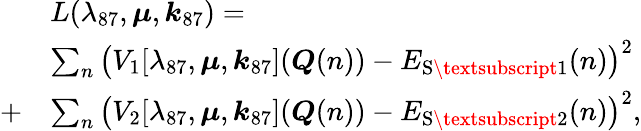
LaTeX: \begin{array}{rl}&{L(\lambda_{87},\boldsymbol{\mu},\boldsymbol{k}_{87})=}\\ &{\sum_{n}\left(V_{1}[\lambda_{87},\boldsymbol{\mu},\boldsymbol{k}_{87}](\boldsymbol{Q}(n))-E_{\mathrm{S\textsubscript{1}}}(n)\right)^{2}}\\ {+}&{\sum_{n}\left(V_{2}[\lambda_{87},\boldsymbol{\mu},\boldsymbol{k}_{87}](\boldsymbol{Q}(n))-E_{\mathrm{S\textsubscript{2}}}(n)\right)^{2},}\end{array}